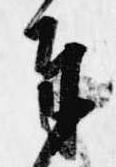
奉